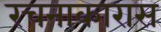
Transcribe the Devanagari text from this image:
रचनाकारास